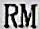
RM